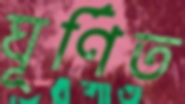
ঘূর্ণিত